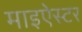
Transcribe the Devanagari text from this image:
माइऐस्टर